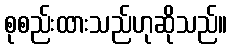
စုစည်းထားသည်ဟုဆိုသည်။